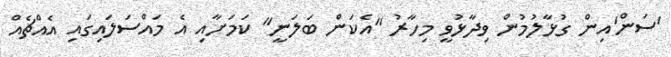
'ސަން'އިން ގުޅާލުމުން ވިދާޅުވީ މިހާރު "އެކަން ބަލަނީ" ކަމަށާއި އެ މައްސަލައިގައި އެއްޗެއް